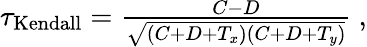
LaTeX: \begin{array}{r}{\tau_{\mathrm{Kendall}}=\frac{C-D}{\sqrt{(C+D+T_{x})(C+D+T_{y})}}\ ,}\end{array}